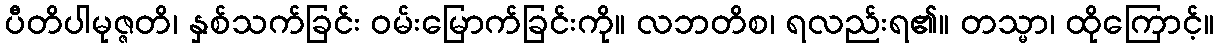
ပီတိပါမုဇ္ဇတိ၊ နှစ်သက်ခြင်း ဝမ်းမြောက်ခြင်းကို။ လဘတိစ၊ ရလည်းရ၏။ တသ္မာ၊ ထိုကြောင့်။